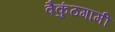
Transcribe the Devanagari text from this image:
वैकुंठगामी